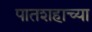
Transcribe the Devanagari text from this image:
पातशहाच्या